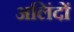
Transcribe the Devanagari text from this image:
अलिंदों